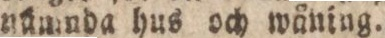
nümnda hus och wåning.